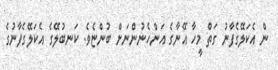
ން އެކަލޭގެފާނު ގަތް މީހާ އޭނާގެ އަންހެނުންނަށް ބުންޏެވެ. ކަނބުލޭގެ އެކަލޭގެފާނުގެ